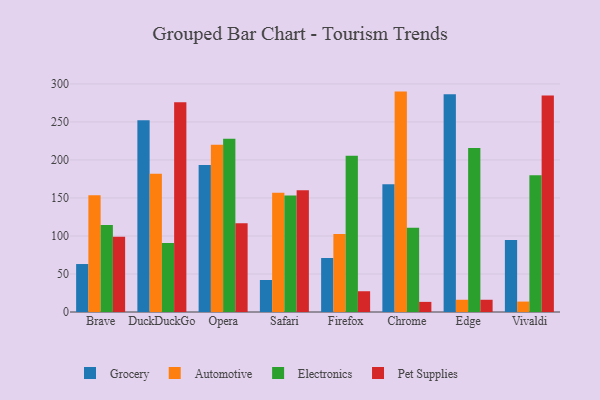
{"axis": {"x": "Browser", "y": "Latency (ms)"}, "legend": ["Automotive", "Electronics", "Grocery", "Pet Supplies"], "data": [{"x": "Brave", "y": 63.1, "type": "Grocery"}, {"x": "Brave", "y": 153.7, "type": "Automotive"}, {"x": "Brave", "y": 114.5, "type": "Electronics"}, {"x": "Brave", "y": 99.1, "type": "Pet Supplies"}, {"x": "DuckDuckGo", "y": 252.3, "type": "Grocery"}, {"x": "DuckDuckGo", "y": 181.7, "type": "Automotive"}, {"x": "DuckDuckGo", "y": 90.9, "type": "Electronics"}, {"x": "DuckDuckGo", "y": 275.8, "type": "Pet Supplies"}, {"x": "Opera", "y": 193.3, "type": "Grocery"}, {"x": "Opera", "y": 220.1, "type": "Automotive"}, {"x": "Opera", "y": 227.8, "type": "Electronics"}, {"x": "Opera", "y": 116.6, "type": "Pet Supplies"}, {"x": "Safari", "y": 42.1, "type": "Grocery"}, {"x": "Safari", "y": 156.7, "type": "Automotive"}, {"x": "Safari", "y": 153.4, "type": "Electronics"}, {"x": "Safari", "y": 160.0, "type": "Pet Supplies"}, {"x": "Firefox", "y": 71.0, "type": "Grocery"}, {"x": "Firefox", "y": 102.5, "type": "Automotive"}, {"x": "Firefox", "y": 205.6, "type": "Electronics"}, {"x": "Firefox", "y": 27.3, "type": "Pet Supplies"}, {"x": "Chrome", "y": 168.0, "type": "Grocery"}, {"x": "Chrome", "y": 289.9, "type": "Automotive"}, {"x": "Chrome", "y": 110.8, "type": "Electronics"}, {"x": "Chrome", "y": 13.3, "type": "Pet Supplies"}, {"x": "Edge", "y": 286.5, "type": "Grocery"}, {"x": "Edge", "y": 16.1, "type": "Automotive"}, {"x": "Edge", "y": 215.7, "type": "Electronics"}, {"x": "Edge", "y": 16.1, "type": "Pet Supplies"}, {"x": "Vivaldi", "y": 94.8, "type": "Grocery"}, {"x": "Vivaldi", "y": 13.7, "type": "Automotive"}, {"x": "Vivaldi", "y": 180.0, "type": "Electronics"}, {"x": "Vivaldi", "y": 284.9, "type": "Pet Supplies"}]}